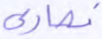
نصارى